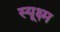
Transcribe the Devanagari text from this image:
स्यूक्ष्म